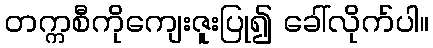
တက္ကစီကိုကျေးဇူးပြု၍ ခေါ်လိုက်ပါ။